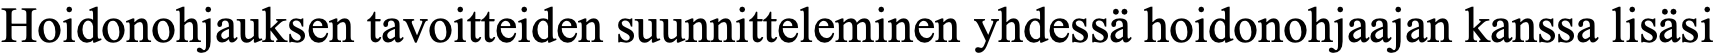
Hoidonohjauksen tavoitteiden suunnitteleminen yhdessä hoidonohjaajan kanssa lisäsi